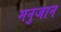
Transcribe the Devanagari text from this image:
मनुजान